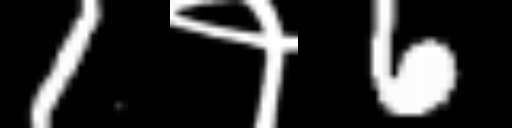
Text: 1१6